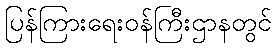
ပြန်ကြားရေးဝန်ကြီးဌာနတွင်